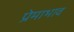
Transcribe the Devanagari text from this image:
प्रेमाभाव